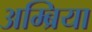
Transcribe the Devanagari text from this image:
अम्ब्रिया